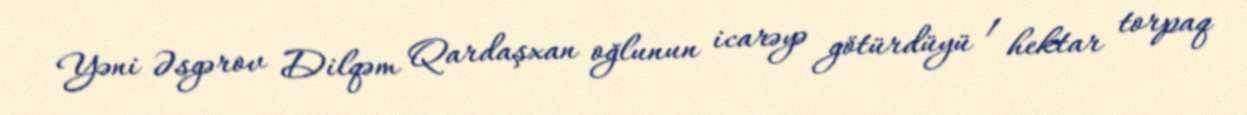
Yəni Əsgərov Dilqəm Qardaşxan oğlunun icarəyə götürdüyü 1 hektar torpaq